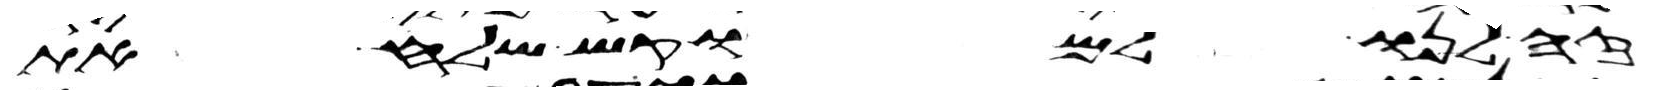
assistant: זה לנו למוקש שלח את